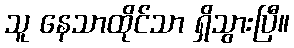
သူ နေသာထိုင်သာ ရှိသွားပြီ။